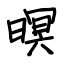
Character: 暝